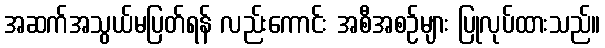
အဆက်အသွယ်မပြတ်ရန် လည်းကောင်း အစီအစဉ်များ ပြုလုပ်ထားသည်။